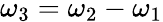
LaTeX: \omega_{3}=\omega_{2}-\omega_{1}